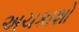
અચકાશો